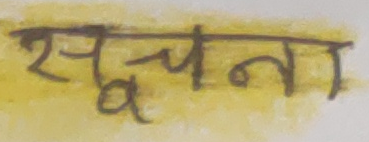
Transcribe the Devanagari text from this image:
सूचना